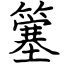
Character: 簺